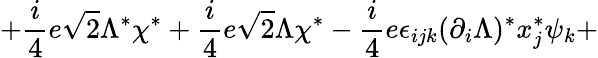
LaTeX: +\frac{i}{4}e\sqrt{2}\Lambda^{\ast}\chi^{\ast}+\frac{i}{4}e\sqrt{2}\Lambda\chi^{\ast}-\frac{i}{4}e\epsilon_{ijk}(\partial_{i}\Lambda)^{\ast}x_{j}^{\ast}\psi_{k}+